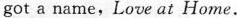
got a name,Love at Home.